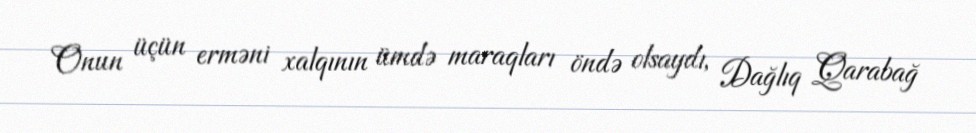
Onun üçün erməni xalqının ümdə maraqları öndə olsaydı, Dağlıq Qarabağ